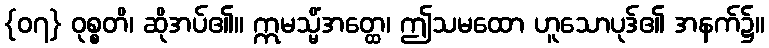
{၀၇} ဝုစ္စတိ၊ ဆိုအပ်၏။ ဣမသ္မိံအတ္ထေ၊ ဤသမထော ဟူသောပုဒ်၏ အနက်၌။